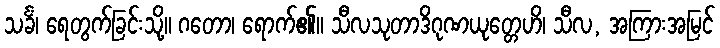
သင်္ခံ၊ ရေတွက်ခြင်းသို့။ ဂတော၊ ရောက်၏။ သီလသုတာဒိဂုဏယုတ္တေဟိ၊ သီလ, အကြားအမြင်